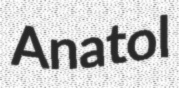
Anatol